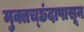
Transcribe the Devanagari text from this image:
मुक्तच्‍छंदापासून